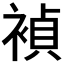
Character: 𬡥